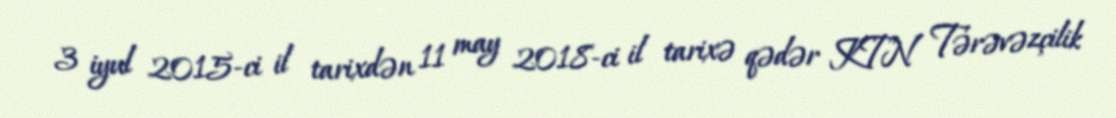
3 iyul 2015-ci il tarixdən 11 may 2018-ci il tarixə qədər KTN Tərəvəzçilik